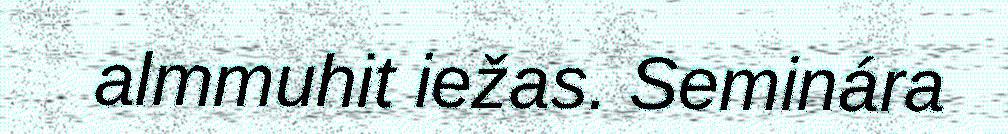
almmuhit iežas. Seminára